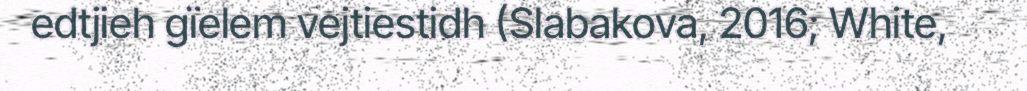
edtjieh gïelem vejtiestidh (Slabakova, 2016; White,